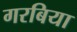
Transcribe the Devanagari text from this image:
गरबिया